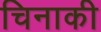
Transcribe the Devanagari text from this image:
चिनाकी